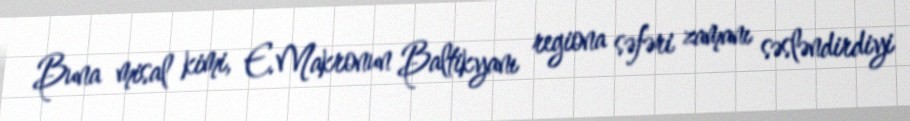
Buna misal kimi, E.Makronun Baltikyanı regiona səfəri zamanı səsləndirdiyi